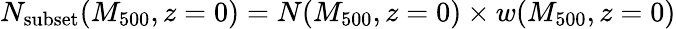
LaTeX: N_{\mathrm{subset}}(M_{500},z=0)=N(M_{500},z=0)\times w(M_{500},z=0)